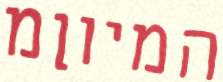
המיוןמ